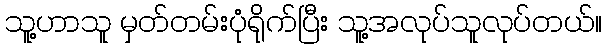
သူ့ဟာသူ မှတ်တမ်းပုံရိုက်ပြီး သူ့အလုပ်သူလုပ်တယ်။